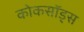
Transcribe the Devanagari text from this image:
कोकसॉड्स